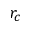
r _ { c }